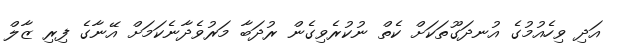
އަދި ވިހެއުމުގެ އުނދަގޫތަކަށް ކެތް ނުކުރެވިގެން ރުދަބާ މަރުވެދާނެކަމަށް އޭނާގެ ފިރި ޒާލް